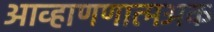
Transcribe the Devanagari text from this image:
आव्हाणणात्मअक